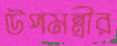
উপমন্ত্রীর